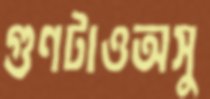
গুণটাওঅসু